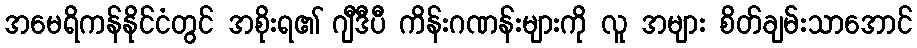
အမေရိကန်နိုင်ငံတွင် အစိုးရ၏ ဂျီဒီပီ ကိန်းဂဏန်းများကို လူ အများ စိတ်ချမ်းသာအောင်